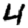
Digit: 4